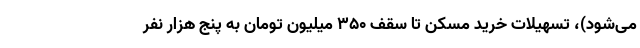
می‌شود)، تسهیلات خرید مسکن تا سقف ۳۵۰ میلیون تومان به پنج هزار نفر